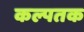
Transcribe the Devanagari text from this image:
कल्पतक